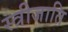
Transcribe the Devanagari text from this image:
स्त्रीजाति